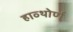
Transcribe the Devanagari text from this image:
हाव्थोर्ण